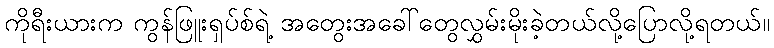
ကိုရီးယားက ကွန်ဖြူးရှပ်စ်ရဲ့ အတွေးအခေါ်တွေလွှမ်းမိုးခဲ့တယ်လို့ပြောလို့ရတယ်။